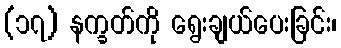
(၁၇) နက္ခတ်ကို ရွေးချယ်ပေးခြင်း၊